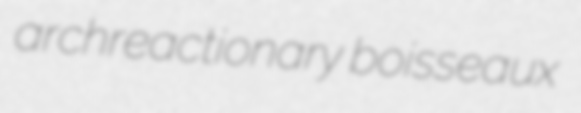
archreactionary boisseaux